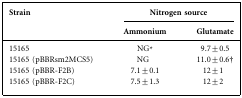
| Strain | <COLSPAN=2> Nitrogen source |
 |  | Ammonium | Glutamate |
 | --- | --- | --- |
 | 15165 | NG* | 9.7 ± 0.5 |
 | 15165 (pBBRsm2MCS5) | NG | 11.0 ± 0.6† |
 | 15165 (pBBR-F2B) | 7.1 ± 0.1 | 12 ± 1 |
 | 15165 (pBBR-F2C) | 7.5 ± 1.3 | 12 ± 2 |